Madras plague regulations in force outside the Presidency town - Volume 1
Disease focus: Plague
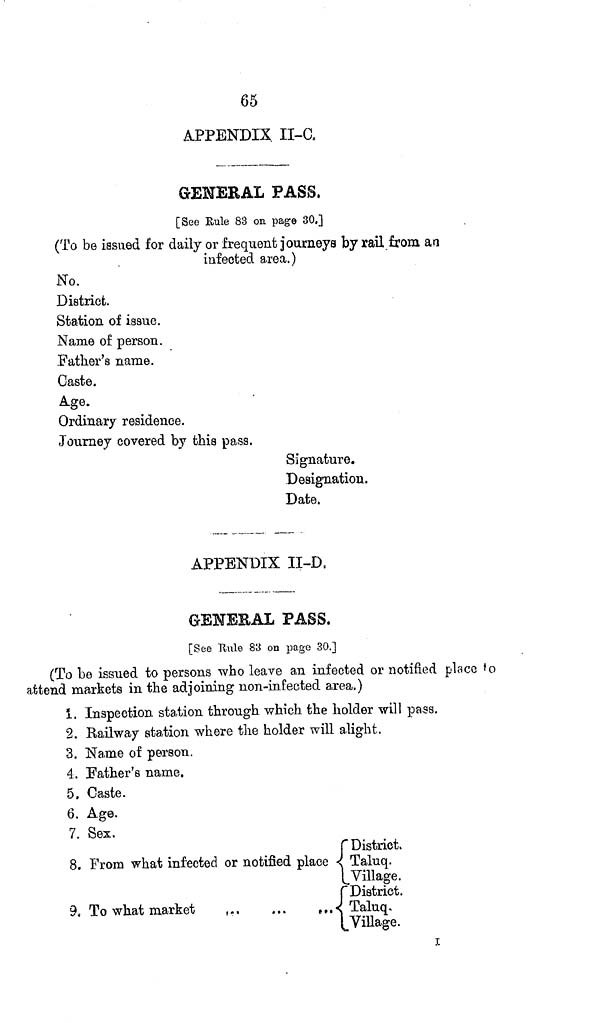
65
APPENDIX. II-a
GENERAL PASS.
[Seo Rule 83 on. page 30.]
(To be issued for daily or frequent journeys by rail from an
infected area.)
No.
District.
Station of issue.
Name of person.
Father's name.
Caste.
Age.
Ordinary residence.
Journey covered by this pass.
Signature.
Designation.
Date.
APPENDIX II-D,
GENERAL PASS.
[See "Rule 83 on page 30.]
(To bo issued to persons who leave an infected or notified place to
attend markets in the adjoining non-infected area.)
1. Inspection station through which the holder will pass.
2. Railway station where the holder will alight.
3. Name of person.
4. Father's name.
5. Caste.
6. Age.
7. Sex.
r District.
8. From what infected or notified place } Taluq.
Village.
{ District.
9. To what market
,
{
Taluq,
[Village.
1